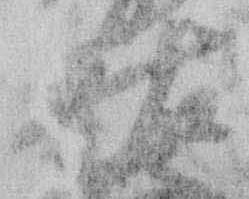
祐